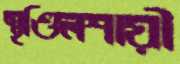
স্থণ্ডিলশায়ী